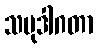
သမုဒါဂတာ